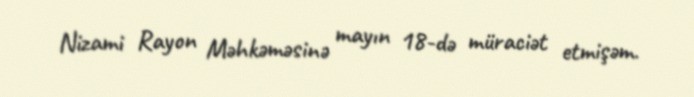
Nizami Rayon Məhkəməsinə mayın 18-də müraciət etmişəm.